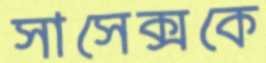
সাসেক্সকে